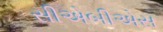
સીએબીએસ